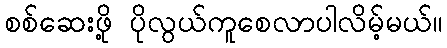
စစ်ဆေးဖို့ ပိုလွယ်ကူစေလာပါလိမ့်မယ်။